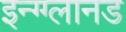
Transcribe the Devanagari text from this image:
इन्ग्ग्लानड